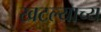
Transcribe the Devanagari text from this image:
खटल्याच्य